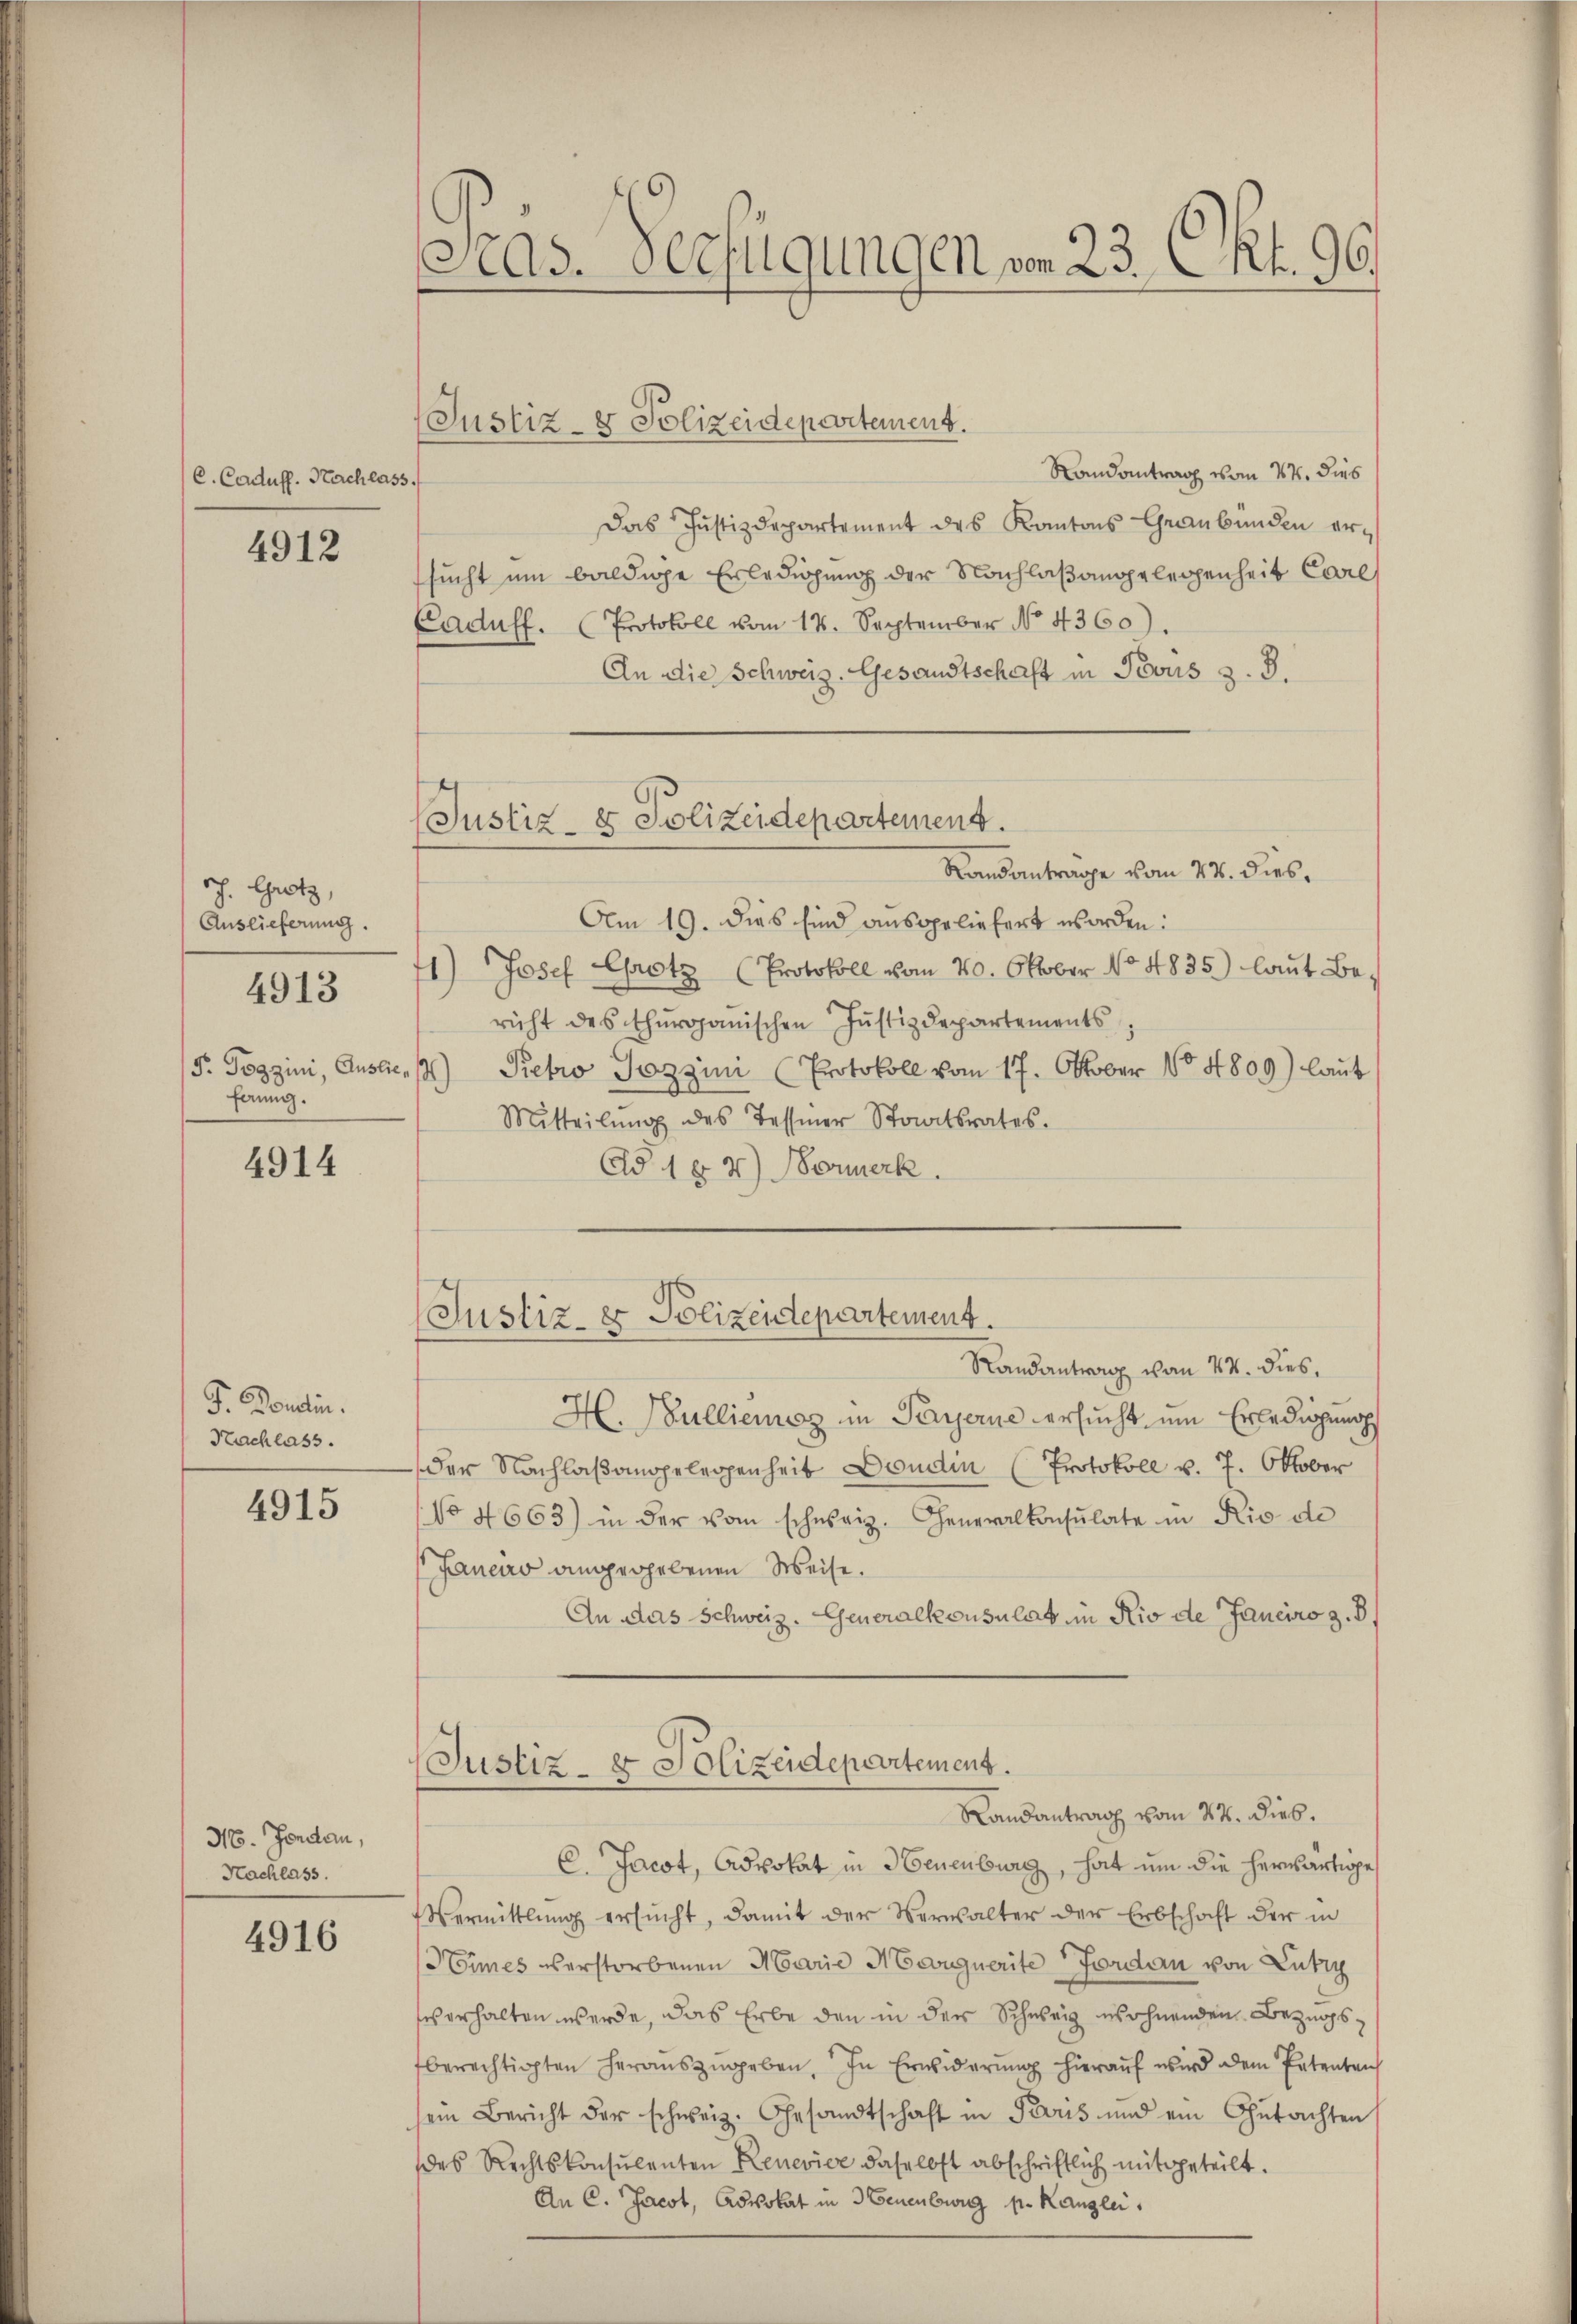
C. Caduff. Nachlass.

4912

rch. Grotz,
Auslieferung.
F. Togzini, Auslie,
fänng.

4913

4914

F. Pontin.
Nachlass.

4915

16. Jandau,
Nachlass.

4916

Pras. Verfügungen vom 23. Okt. 96.

Justiz- & Polizeidepartement.
Randantrag vom 24. dies
Das Justizdepartement des Kantons Graubünden ersucht um baldige Erledigung der Nachlaßangelegenheit Carls
Caduff. (Protokoll vom 14. September No. 4360).
An die Schweiz. Gesandtschaft in Pevus z. B.
Randantrage vom 22. dies¬
Am 19. dies sind ausgeliefert worden:
1) Josef Grotz (Protokoll vom 20. Oktober No 4835) laut Bericht des thurganischen Justizdepartements
) Petro Pozzini (Protokoll vom 17. Oktober 184809) laut
Mitteilŭng des Tessiner Staatsrates.
Ad 1 § 2) Formerk
Randantrag von 47. Dies
H. Bullienz in Payerne ersucht, um Erledigung
der Nachlaßanggelegenheit Dondin (Protokoll v. 7. Oktober
No 4663) in der vom schweiz. Generalkonsulate in Rio de
Janeiro angegebenen Weise.
An das Schweiz. Generalkonsulat in Rio de Janeiro z. B.
Justiz- & Polizeidepartement.
Landantrag vom 22. Dieb.
C. Jacot, Advokat in Neuenburg, hat um die herwärtige
Vermittlung ersŭcht, damit der Verwalter der Erbschaft der in
Himes verstorbenen Marie Neuguerite Forden von Lutry
verhalten werde, das Erbe den in der Schweiz wohnenden Bezugsberechtigten herauszugeben. In Erwiderŭng hieraŭf wird dem Petenten
sein Bericht der schweiz. Gesandtschaft in Paris und ein Gutachten
des Rechtskonsulenten Renevier daselbst abschriftlich mitgeteilt.
An C. Jacot, Advokat in 3 Geneuburg pr. Kanzlei,

Justiz- & Polizeidepartement.

Justiz- & Polizeidepartement.